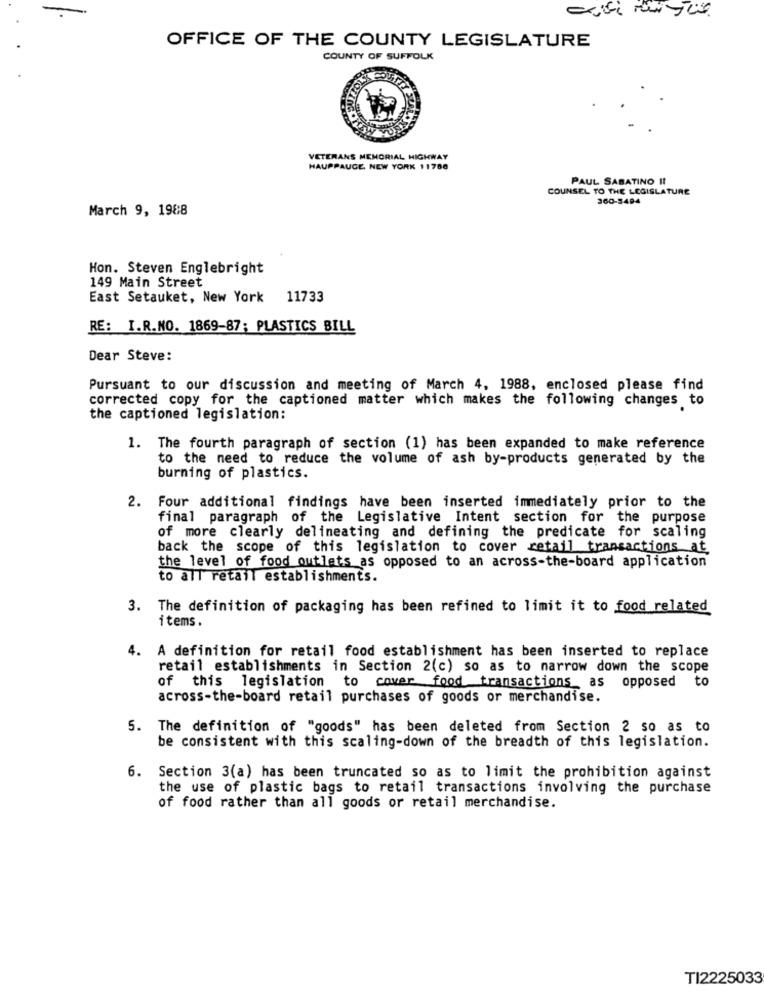
OFFICE OF THE COUNTY LEGISLATURE
COUNTY OF SUFFOLK
VETERANS MEMORIAL HIGHWAY
HAUPPAUGE, NEW YORK 11780
PAUL SABATINO It
COUNSEL TO THE LEGISLATURE
360-3494
March 9, 1988
Hon. Steven Englebright
149 Main Street
East Setauket, New York 11733
RE: I.R.NO. 1869-87; PLASTICS BILL
Dear Steve:
Pursuant to our discussion and meeting of March 4, 1988, enclosed please find
corrected copy for the captioned matter which makes the following changes to
the captioned legislation:
1. The fourth paragraph of section (1) has been expanded to make reference
to the need to reduce the volume of ash by-products generated by the
burning of plastics.
2. Four additional findings have been inserted immediately prior to the
final paragraph of the Legislative Intent section for the purpose
of more clearly delineating and defining the predicate for scaling
back the scope of this legislation to cover retail transactions at
the level of food outlets as opposed to an across-the-board application
to all retail establishments.
3. The definition of packaging has been refined to limit it to food related
items.
4. A definition for retail food establishment has been inserted to replace
retail establishments in Section 2(c) so as to narrow down the scope
of this legislation to cover food transactions as opposed to
across-the-board retail purchases of goods or merchandise.
5. The definition of "goods" has been deleted from Section 2 so as to
be consistent with this scaling-down of the breadth of this legislation.
6. Section 3(a) has been truncated so as to limit the prohibition against
the use of plastic bags to retail transactions involving the purchase
of food rather than all goods or retail merchandise.
TI2225033